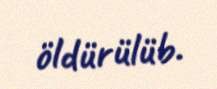
öldürülüb.